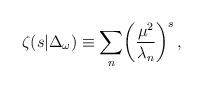
LaTeX: \begin{align*}\zeta(s\vert \Delta_{\omega}) \equiv \sum_n\biggl({\mu^2\over\lambda_n}\biggr)^s\, ,\end{align*}